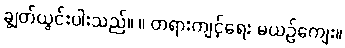
ချွတ်ယွင်းပါးသည်။ ။ တရားကျင့်ရေး မယဉ်ကျေး။